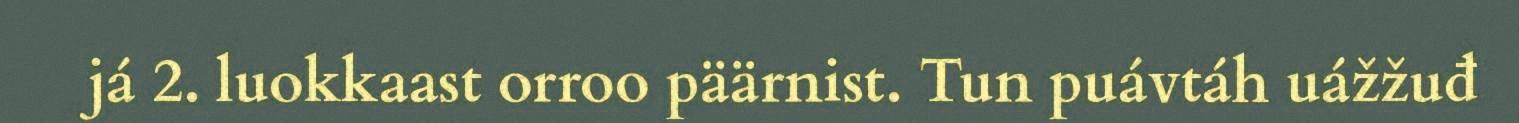
já 2. luokkaast orroo päärnist. Tun puávtáh uážžuđ